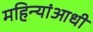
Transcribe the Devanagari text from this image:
महिन्यांआधी